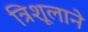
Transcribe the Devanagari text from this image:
त्रिशूलाने